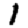
Digit: 1